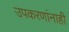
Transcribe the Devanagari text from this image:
उपकरणांनाही